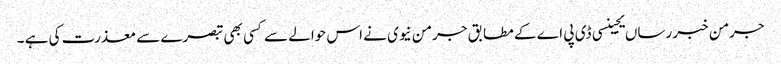
جرمن خبر رساں یجینسی ڈی پی اے کے مطابق جرمن نیوی نے اس حوالے سے کسی بھی تبصرے سے معذرت کی ہے ۔